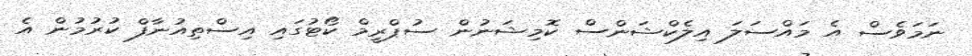
ނަމަވެސް އެ މައްސަލަ އިލެކްޝަންސް ކޮމިޝަނުން ސުޕްރީމް ކޯޓުގައި އިސްތިއުނާފް ކުރުމުން އެ